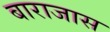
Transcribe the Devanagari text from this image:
बाराजास